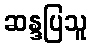
ဆန္ဒပြသူ